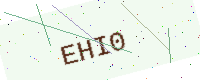
Text: EHI0